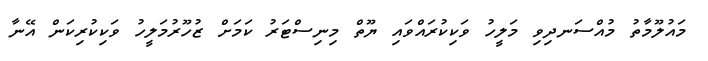
މައުލޫމާތު މުއްސަނދިވި މަލީހު ވަކިކުރައްވައި ޔޫތް މިނިސްޓަރު ކަމަށް ޒުހޫރުމަލީހު ވަކިކުރިކަން އޭނާ